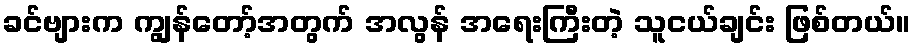
ခင်ဗျားက ကျွန်တော့်အတွက် အလွန် အရေးကြီးတဲ့ သူငယ်ချင်း ဖြစ်တယ်။